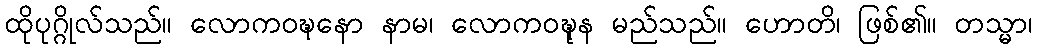
ထိုပုဂ္ဂိုလ်သည်။ လောကဝဍ္ဎနော နာမ၊ လောကဝဍ္ဎုန မည်သည်။ ဟောတိ၊ ဖြစ်၏။ တသ္မာ၊